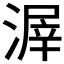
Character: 𣹲